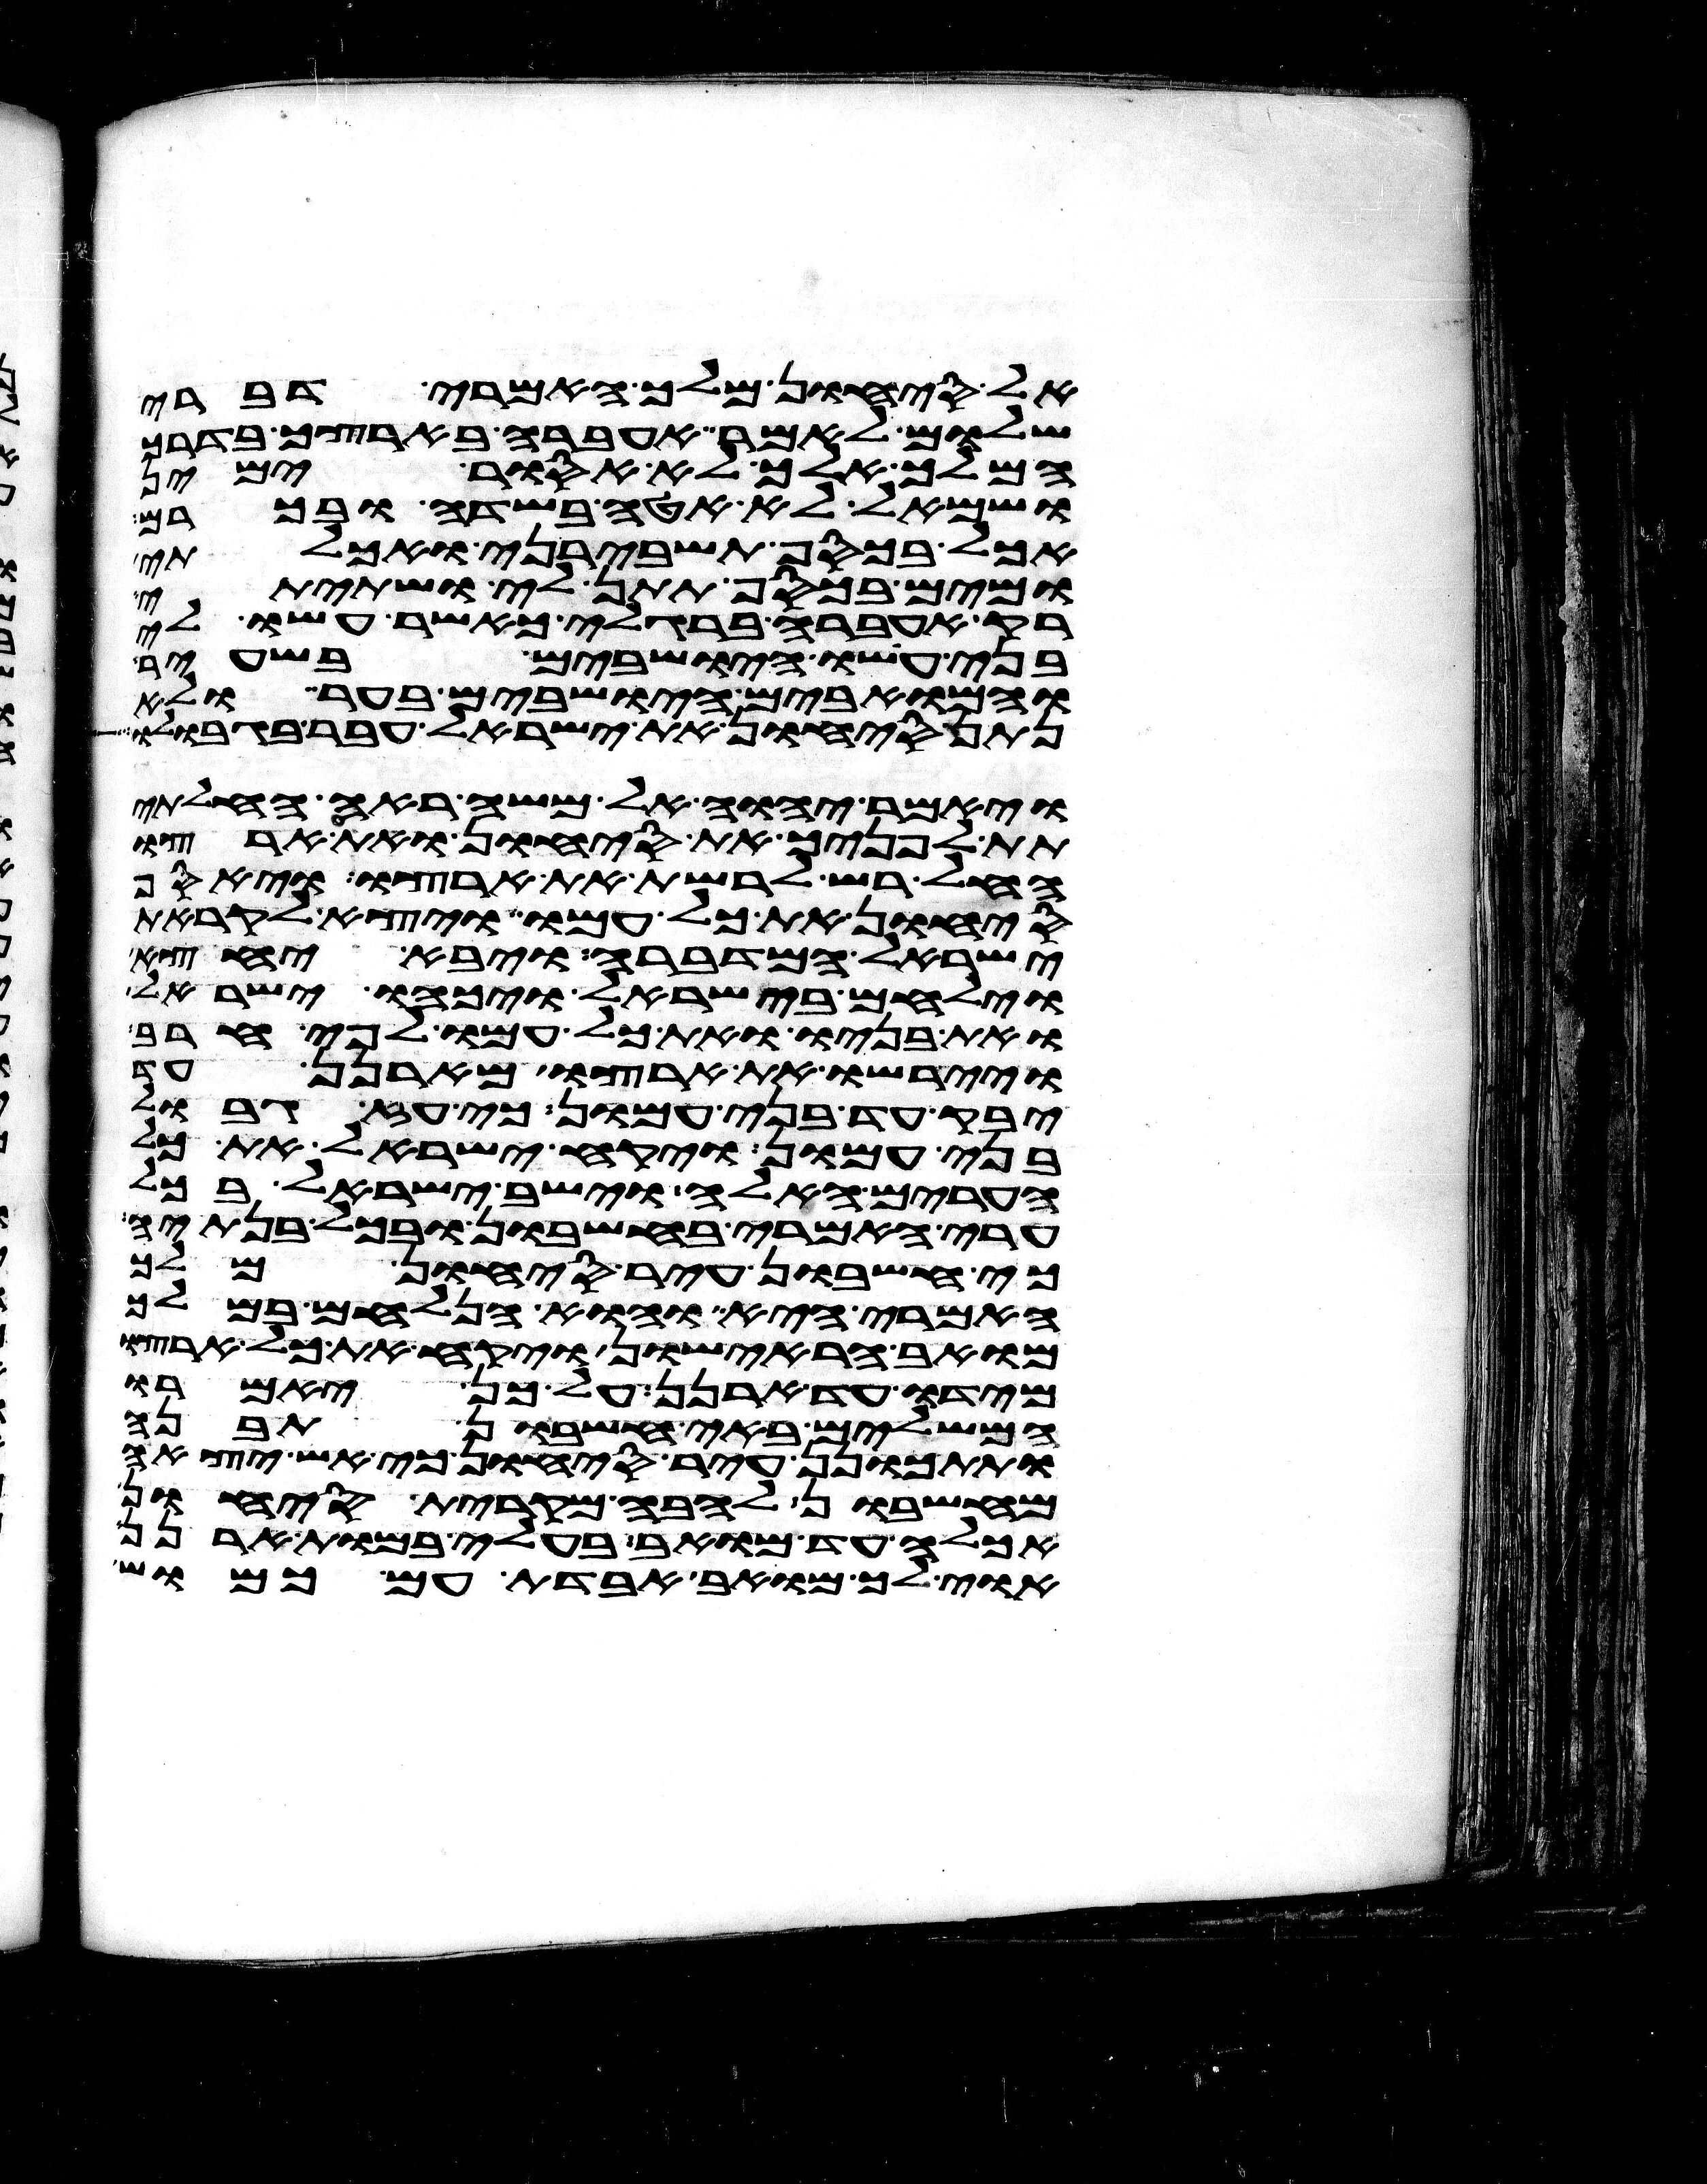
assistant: אל סיחון מלך האמרי דברי
שלום לאמר אעברה בארצך בדרך
המלך אלך לא אסור ימין
ושמאל לא אטה בשדה ובכרם
אכל בכסף תשבירני ואכלתי
ומים בכסף תתן לי ושתיתי
רק אעברה ברגלי כאשר עשו לי
בני עשו הישבים בשעיר
והמואבים הישבים בער ולא
נתן סיחון את ישראל עבר בגבולו
ויאמר יהוה אל משה ראה החלתי
תת לפניך את סיחון ואת ארצו
החל רש לרשת את ארצו ויאסף
סיחון את כל עמו ויצא לקראת
ישראל המדברה ויבא יחצה
וילחם בישראל ויכהו ישראל
ואת בניו ואת כל עמו לפי חרב
ויירשו את ארצו מארנן עד
יבק עד בני עמון כי עז גבול
בני עמון ויקח ישראל את כל
הערים האלה וישב ישראל בכל
ערי האמרי בחשבון ובכל בנתיה
כי חשבון עיר סיחון מלך
האמרי היא והוא הנלחם במלך
מואב הראישון ויקח את כל ארצו
מידו עד ארנן על כן יאמרו
המשלים באי חשבון תבנה
ותתכונן עיר סיחון כי אש יצאה
מחשבון להבה מקרית סיחון
אכלה עד מואב בעלי במות ארנן
אוי לך מואב אבדת עם כמוש